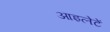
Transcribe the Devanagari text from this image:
आइलेटें